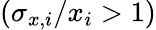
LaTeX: (\sigma_{x,i}/x_{i}>1)